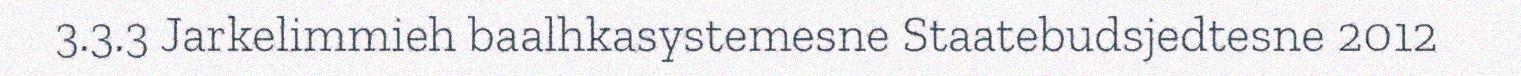
3.3.3 Jarkelimmieh baalhkasystemesne Staatebudsjedtesne 2012